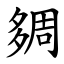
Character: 㚋